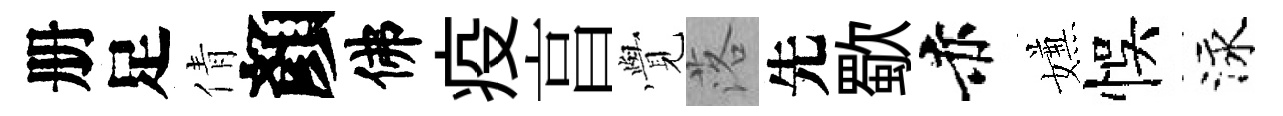
册足倩顏佛疫亯𮗜落先歜赤嫌悞泳